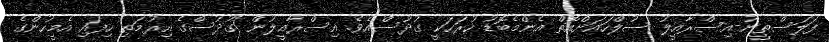
ފަލަސްތީނު-އިސްރާއީލު ސުލްހައަށްއޮތް އެންމެބޮޑު ހުރަހަކީ ގުދުސްއެވެ. އިސްރާއީލުން ގުދުސްގެ އިރުމަތި ހިފައި އެމީހުންގެ